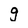
Character: g